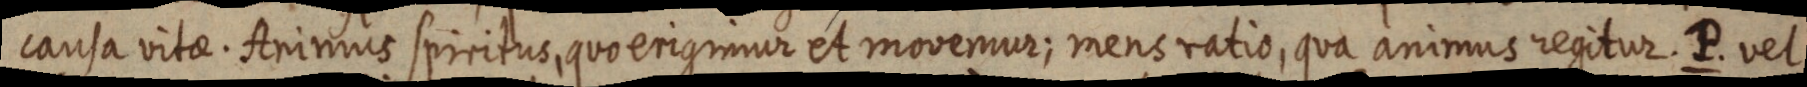
causa vitae. Animus spiritus, quo erigimur et movemur; mens ratio, qua animus regitur. P. vel